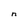
Character: n